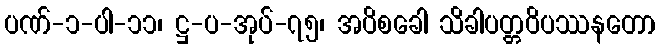
ပဏ်-၁-ပါ-၁၁၊ ဋ္ဌ-ပ-အုပ်-၇၅၊ အပိစခေါ သိခါပတ္တဝိပဿနတော